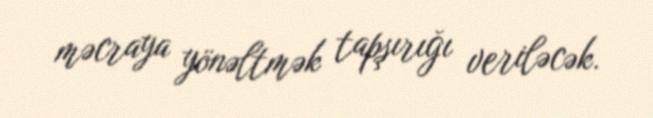
məcraya yönəltmək tapşırığı veriləcək.